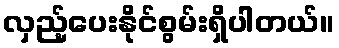
လှည့်ပေးနိုင်စွမ်းရှိပါတယ်။